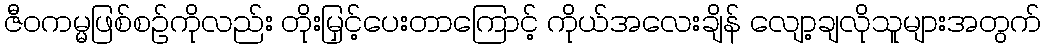
ဇီဝကမ္မဖြစ်စဉ်ကိုလည်း တိုးမြှင့်ပေးတာကြောင့် ကိုယ်အလေးချိန် လျော့ချလိုသူများအတွက်